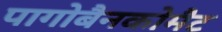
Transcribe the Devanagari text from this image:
पागोबैनकोमैट